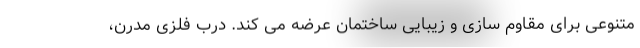
متنوعی برای مقاوم سازی و زیبایی ساختمان عرضه می کند. درب فلزی مدرن،